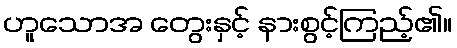
ဟူသောအ တွေးနှင့် နားစွင့်ကြည့်၏။